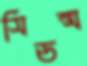
সিডন্স